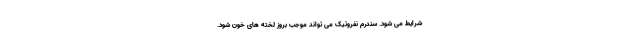
شرایط می شود. سندرم نفروتیک می تواند موجب بروز لخته های خون شود.